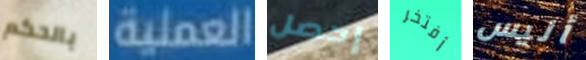
بالحكم العملية إحصل أفتخر أليس